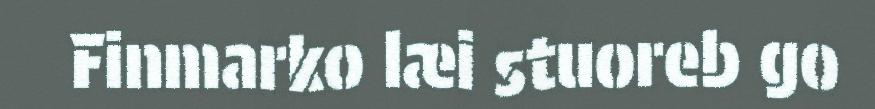
Finmarko læi stuoreb go